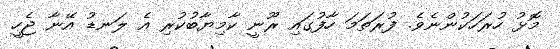
މޮޅު ހުރަހަކުންނެވެ. ފުރަތަމަ ހާފުގައި ރޫނީ ކާމިޔާބުކުރި އެ ލަނޑު އޭނާ ޖެހީ